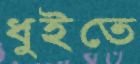
ধুইতে